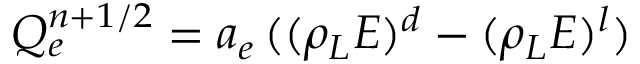
{ Q } _ { e } ^ { n + 1 / 2 } = a _ { e } \, ( ( \rho _ { L } E ) ^ { d } - ( \rho _ { L } E ) ^ { l } )